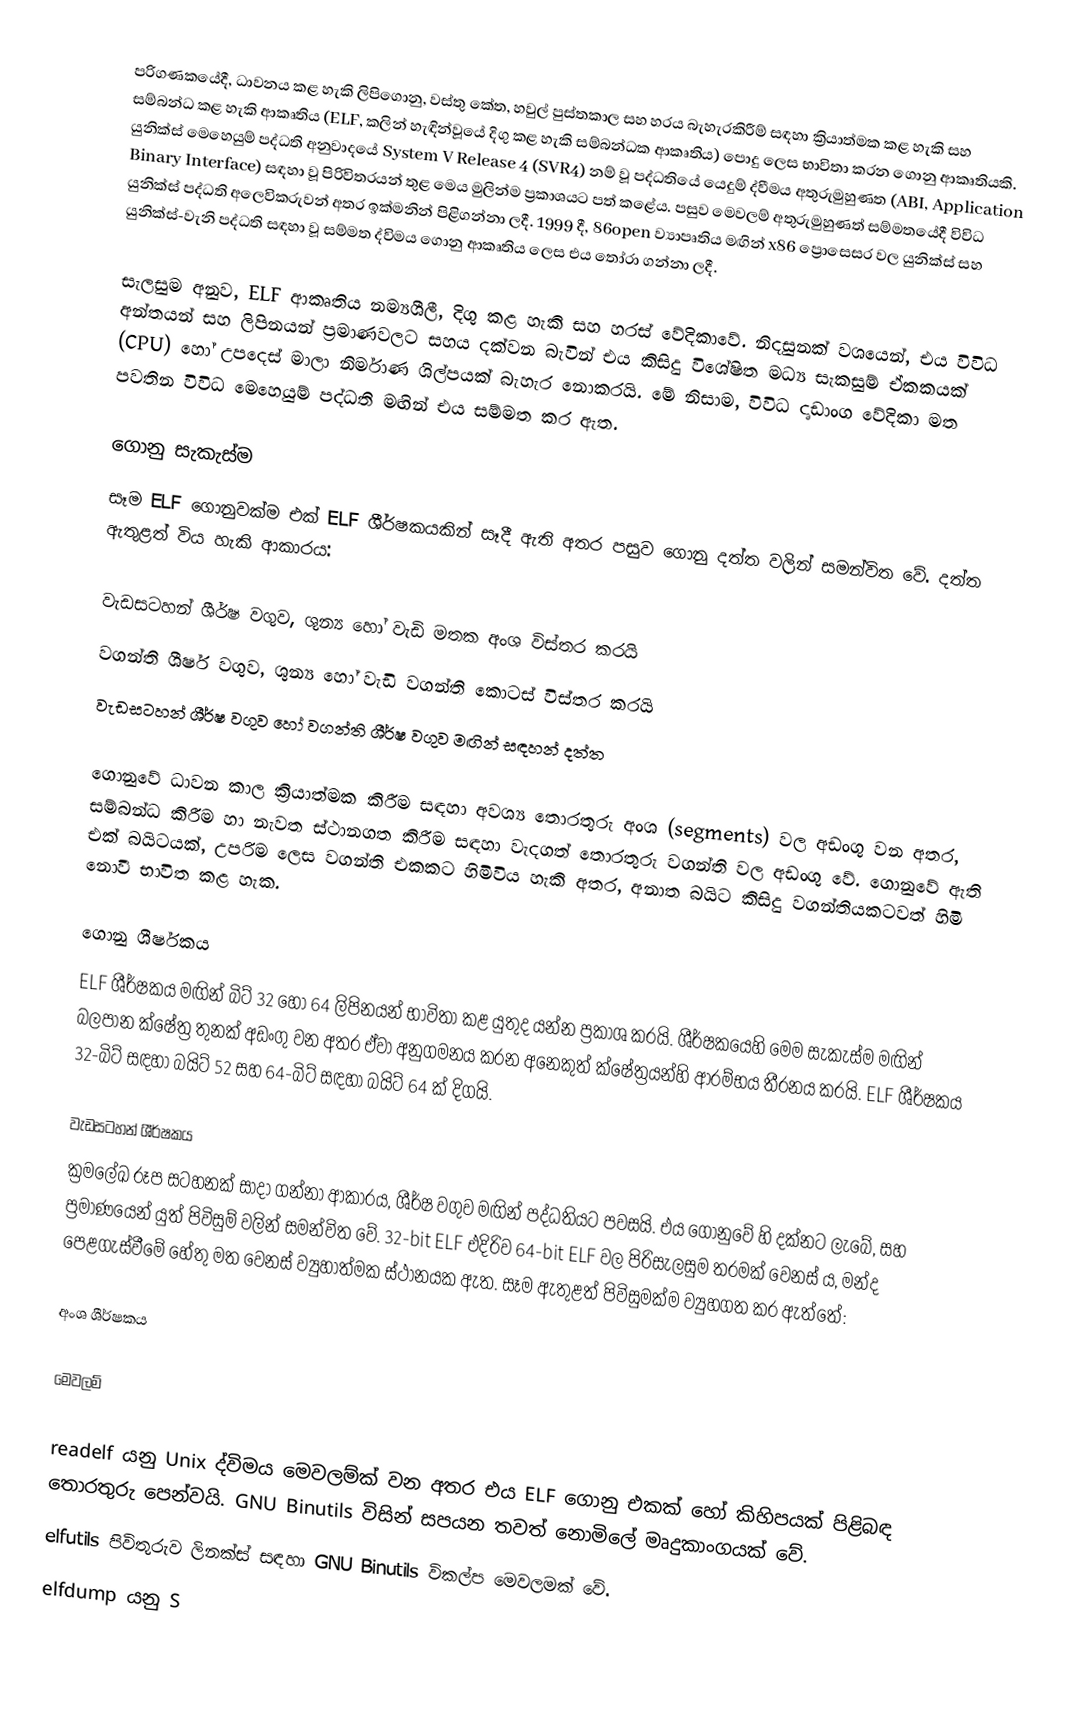
පරිගණකයේදී, ධාවනය කළ හැකි ලිපිගොනු, වස්තු කේත, හවුල් පුස්තකාල සහ හරය බැහැරකිරීම් සඳහා ක්‍රියාත්මක කළ හැකි සහ සම්බන්ධ කළ හැකි ආකෘතිය (ELF, කලින් හැඳින්වූයේ දිගු කළ හැකි සම්බන්ධක ආකෘතිය) පොදු ලෙස භාවිතා කරන ගොනු ආකෘතියකි. යුනික්ස් මෙහෙයුම් පද්ධති අනුවාදයේ System V Release 4 (SVR4) නම් වූ පද්ධතියේ යෙදුම් ද්වීමය අතුරුමුහුණත (ABI, Application Binary Interface) සඳහා වූ පිරිවිතරයන් තුළ මෙය මුලින්ම ප්‍රකාශයට පත් කළේය. පසුව මෙවලම් අතුරුමුහුණත් සම්මතයේදී විවිධ යුනික්ස් පද්ධති අලෙවිකරුවන් අතර ඉක්මනින් පිළිගන්නා ලදී. 1999 දී, 86open ව්‍යාපෘතිය මඟින් x86 ප්‍රොසෙසර වල  යුනික්ස් සහ යුනික්ස්-වැනි පද්ධති සඳහා වූ සම්මත ද්විමය ගොනු ආකෘතිය ලෙස එය තෝරා ගන්නා ලදී.

සැලසුම අනුව, ELF ආකෘතිය නම්‍යශීලී, දිගු කළ හැකි සහ හරස් වේදිකාවේ. නිදසුනක් වශයෙන්, එය විවිධ අන්තයන් සහ ලිපිනයන් ප්‍රමාණවලට සහය දක්වන බැවින් එය කිසිදු විශේෂිත මධ්‍ය සැකසුම් ඒකකයක් (CPU) හෝ උපදෙස් මාලා නිර්මාණ ශිල්පයක් බැහැර නොකරයි. මේ නිසාම, විවිධ දෘඩාංග වේදිකා මත පවතින විවිධ මෙහෙයුම් පද්ධති මඟින් එය සම්මත කර ඇත.

ගොනු සැකැස්ම
සෑම ELF ගොනුවක්ම එක් ELF ශීර්ෂකයකින් සෑදී ඇති අතර පසුව ගොනු දත්ත වලින් සමන්විත වේ. දත්ත ඇතුළත් විය හැකි ආකාරය:

 වැඩසටහන් ශීර්ෂ වගුව, ශුන්‍ය හෝ වැඩි මතක අංශ විස්තර කරයි
 වගන්ති ශීර්ෂ වගුව, ශුන්‍ය හෝ වැඩි වගන්ති කොටස් විස්තර කරයි
 වැඩසටහන් ශීර්ෂ වගුව හෝ වගන්ති ශීර්ෂ වගුව මඟින් සඳහන් දත්ත

ගොනුවේ ධාවන කාල ක්‍රියාත්මක කිරීම සඳහා අවශ්‍ය තොරතුරු අංශ (segments) වල අඩංගු වන අතර, සම්බන්ධ කිරීම හා නැවත ස්ථානගත කිරීම සඳහා වැදගත් තොරතුරු වගන්ති වල අඩංගු වේ. ගොනුවේ ඇති එක් බයිටයක්, උපරිම ලෙස වගන්ති එකකට හිමිවිය හැකි අතර, අනාත බයිට කිසිදු වගන්තියකටවත් හිමි නොවී භාවිත කළ හැක.

ගොනු ශීර්ෂකය
ELF ශීර්ෂකය මඟින් බිට් 32 හෝ 64 ලිපිනයන් භාවිතා කළ යුතුද යන්න ප්‍රකාශ කරයි. ශීර්ෂකයෙහි මෙම සැකැස්ම මඟින් බලපාන ක්ෂේත්‍ර තුනක් අඩංගු වන අතර ඒවා අනුගමනය කරන අනෙකුත් ක්ෂේත්‍රයන්හි ආරම්භය තීරනය කරයි. ELF ශීර්ෂකය 32-බිට් සඳහා බයිට් 52 සහ 64-බිට් සඳහා බයිට් 64 ක් දිගයි.

වැඩසටහන් ශීර්ෂකය
ක්‍රමලේඛ රූප සටහනක් සාදා ගන්නා ආකාරය, ශීර්ෂ වගුව මඟින් පද්ධතියට පවසයි. එය ගොනුවේ  හි දක්නට ලැබේ, සහ  ප්‍රමාණයෙන් යුත්  පිවිසුම් වලින් සමන්විත වේ. 32-bit ELF එදිරිව 64-bit ELF වල පිරිසැලසුම තරමක් වෙනස් ය, මන්ද පෙළගැස්වීමේ හේතු මත  වෙනස් ව්‍යුහාත්මක ස්ථානයක ඇත. සෑම ඇතුළත් පිවිසුමක්ම ව්‍යුහගත කර ඇත්තේ:

අංශ ශීර්ෂකය

මෙවලම්

 readelf යනු Unix ද්විමය මෙවලම්ක් වන අතර එය ELF ගොනු එකක් හෝ කිහිපයක් පිළිබඳ තොරතුරු පෙන්වයි. GNU Binutils විසින් සපයන  තවත් නොමිලේ මෘදුකාංගයක් වේ.
 elfutils පිවිතුරුව ලිනක්ස් සඳහා GNU Binutils විකල්ප මෙවලමක් වේ.
 elfdump යනු S